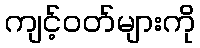
ကျင့်ဝတ်များကို